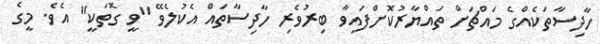
ހާދިސާތަކެއްގެ މައްޗަށް ތައްޔާރުކޮށްފައިވާ ބިރުވެރި ހާދިސާތައް އެކުލެވޭ "ވީ ގޮތަކީ" އެވެ. މީގެ